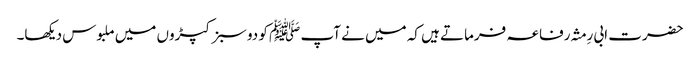
حضرت ابی رِمثہ رفاعہ فرماتے ہیں کہ میں نے آپ ﷺ کو دو سبز کپڑوں میں ملبوس دیکھا۔